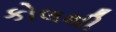
કોલથી